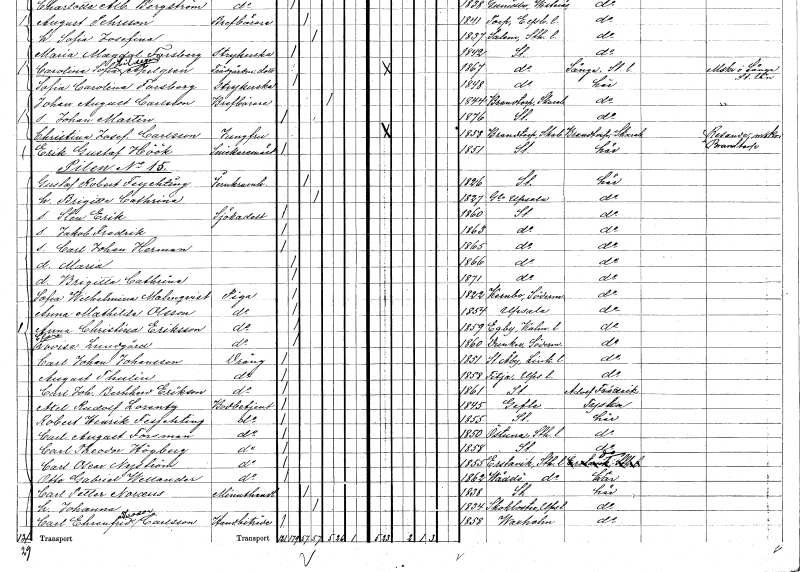
gt_parse: households: individuals: FN: Brigitta Cathrina
KON: K
CIV: G
FODAR: 1827
FODFORS: Gamla Uppsala Uppsala län
FN: Sten Erik
YRKE: Sjökadett
KON: M
CIV: O
FODAR: 1860
FODFORS: Stockholm
FN: Jakob Fredrik
KON: M
CIV: O
FODAR: 1863
FODFORS: Stockholm
FN: Carl Johan Herman
KON: M
CIV: O
FODAR: 1865
FODFORS: Stockholm
FN: Maria
KON: K
CIV: O
FODAR: 1866
FODFORS: Stockholm
FN: Brigitta Cathrina
KON: K
CIV: O
FODAR: 1871
FODFORS: Stockholm
FN: Sofia Wilhelmina
EN: Malmqvist
YRKE: Piga
KON: K
CIV: O
FODAR: 1822
FODFORS: Kärnbo Södermanlands län
FN: Anna Mathilda
EN: Olsson
YRKE: Piga
KON: K
CIV: O
FODAR: 1854
FODFORS: Uppsala Uppsala län
FN: Anna Christina
EN: Eriksson
YRKE: Piga
KON: K
CIV: O
FODAR: 1859
FODFORS: Egby Kalmar län
FN: Clara Lovisa
EN: Lundgård
YRKE: Piga
KON: K
CIV: O
FODAR: 1860
FODFORS: Dunker Södermanlands län
FN: Carl Johan
EN: Johansson
YRKE: Dräng
KON: M
CIV: O
FODAR: 1851
FODFORS: Stora Åby Östergötlands län
FN: August
EN: Thulin
YRKE: Dräng
KON: M
CIV: O
FODAR: 1858
FODFORS: Fittja Uppsala län
FN: Carl Johan Bernhard
EN: Erikson
YRKE: Dräng
KON: M
CIV: O
FODAR: 1861
FODFORS: Stockholm
FN: Axel Rudolf
EN: Lorentz
YRKE: Bodbetjänt
KON: M
CIV: O
FODAR: 1845
FODFORS: Gävle Gävleborgs län
FN: Robert Henrik
EN: Feychting
YRKE: Bodbetjänt
KON: M
CIV: O
FODAR: 1855
FODFORS: Stockholm
FN: Carl August
EN: Forsman
YRKE: Bodbetjänt
KON: M
CIV: O
FODAR: 1850
FODFORS: Östuna Uppsala län
FN: Carl Theodor
EN: Högberg
YRKE: Bodbetjänt
KON: M
CIV: O
FODAR: 1858
FODFORS: Stockholm
FN: Carl Oscar
EN: Nyström
YRKE: Bodbetjänt
KON: M
CIV: O
FODAR: 1855
FODFORS: Erstavik Stockholms län
FN: Otto Gabriel
EN: Wellander
YRKE: Bodbetjänt
KON: M
CIV: O
FODAR: 1862
FODFORS: Väddö Stockholms län
FN: Carl Petter
EN: Norceus
YRKE: Minuthandlare
KON: M
CIV: G
FODAR: 1838
FODFORS: Stockholm
FN: Johanna
KON: K
CIV: G
FODAR: 1834
FODFORS: Skokloster Uppsala län
FN: Carl Ehrenfrid Theodor
EN: Carlsson
YRKE: Handelsbiträde
KON: M
CIV: O
FODAR: 1858
FODFORS: Vaxholm Stockholms län